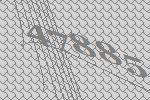
47885